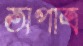
অপাত্র